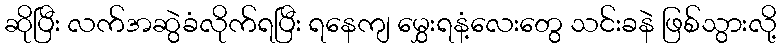
ဆိုပြီး လက်အဆွဲခံလိုက်ရပြီး ရနေကျ မွှေးရနံ့လေးတွေ သင်းခနဲ ဖြစ်သွားလို့